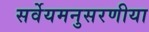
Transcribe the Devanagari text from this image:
सर्वेयमनुसरणीया